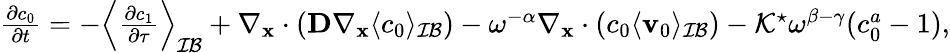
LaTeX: \begin{array}{r}{\frac{\partial c_{0}}{\partial t}=-\left\langle\frac{\partial c_{1}}{\partial\tau}\right\rangle_{\mathcal{IB}}+\nabla_{\mathbf x}\cdot(\textbf{D}\nabla_{\mathbf x}\langle c_{0}\rangle_{\mathcal{IB}})-\omega^{-\alpha}\nabla_{\mathbf x}\cdot(c_{0}\langle\mathbf v_{0}\rangle_{\mathcal{IB}})-\mathcal{K}^{\star}\omega^{\beta-\gamma}(c_{0}^{a}-1),}\end{array}